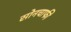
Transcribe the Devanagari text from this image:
सोनचाफी